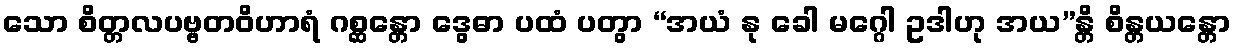
သော စိတ္တလပဗ္ဗတဝိဟာရံ ဂစ္ဆန္တော ဒွေဓာ ပထံ ပတွာ “အယံ နု ခေါ မဂ္ဂေါ ဥဒါဟု အယ”န္တိ စိန္တယန္တော